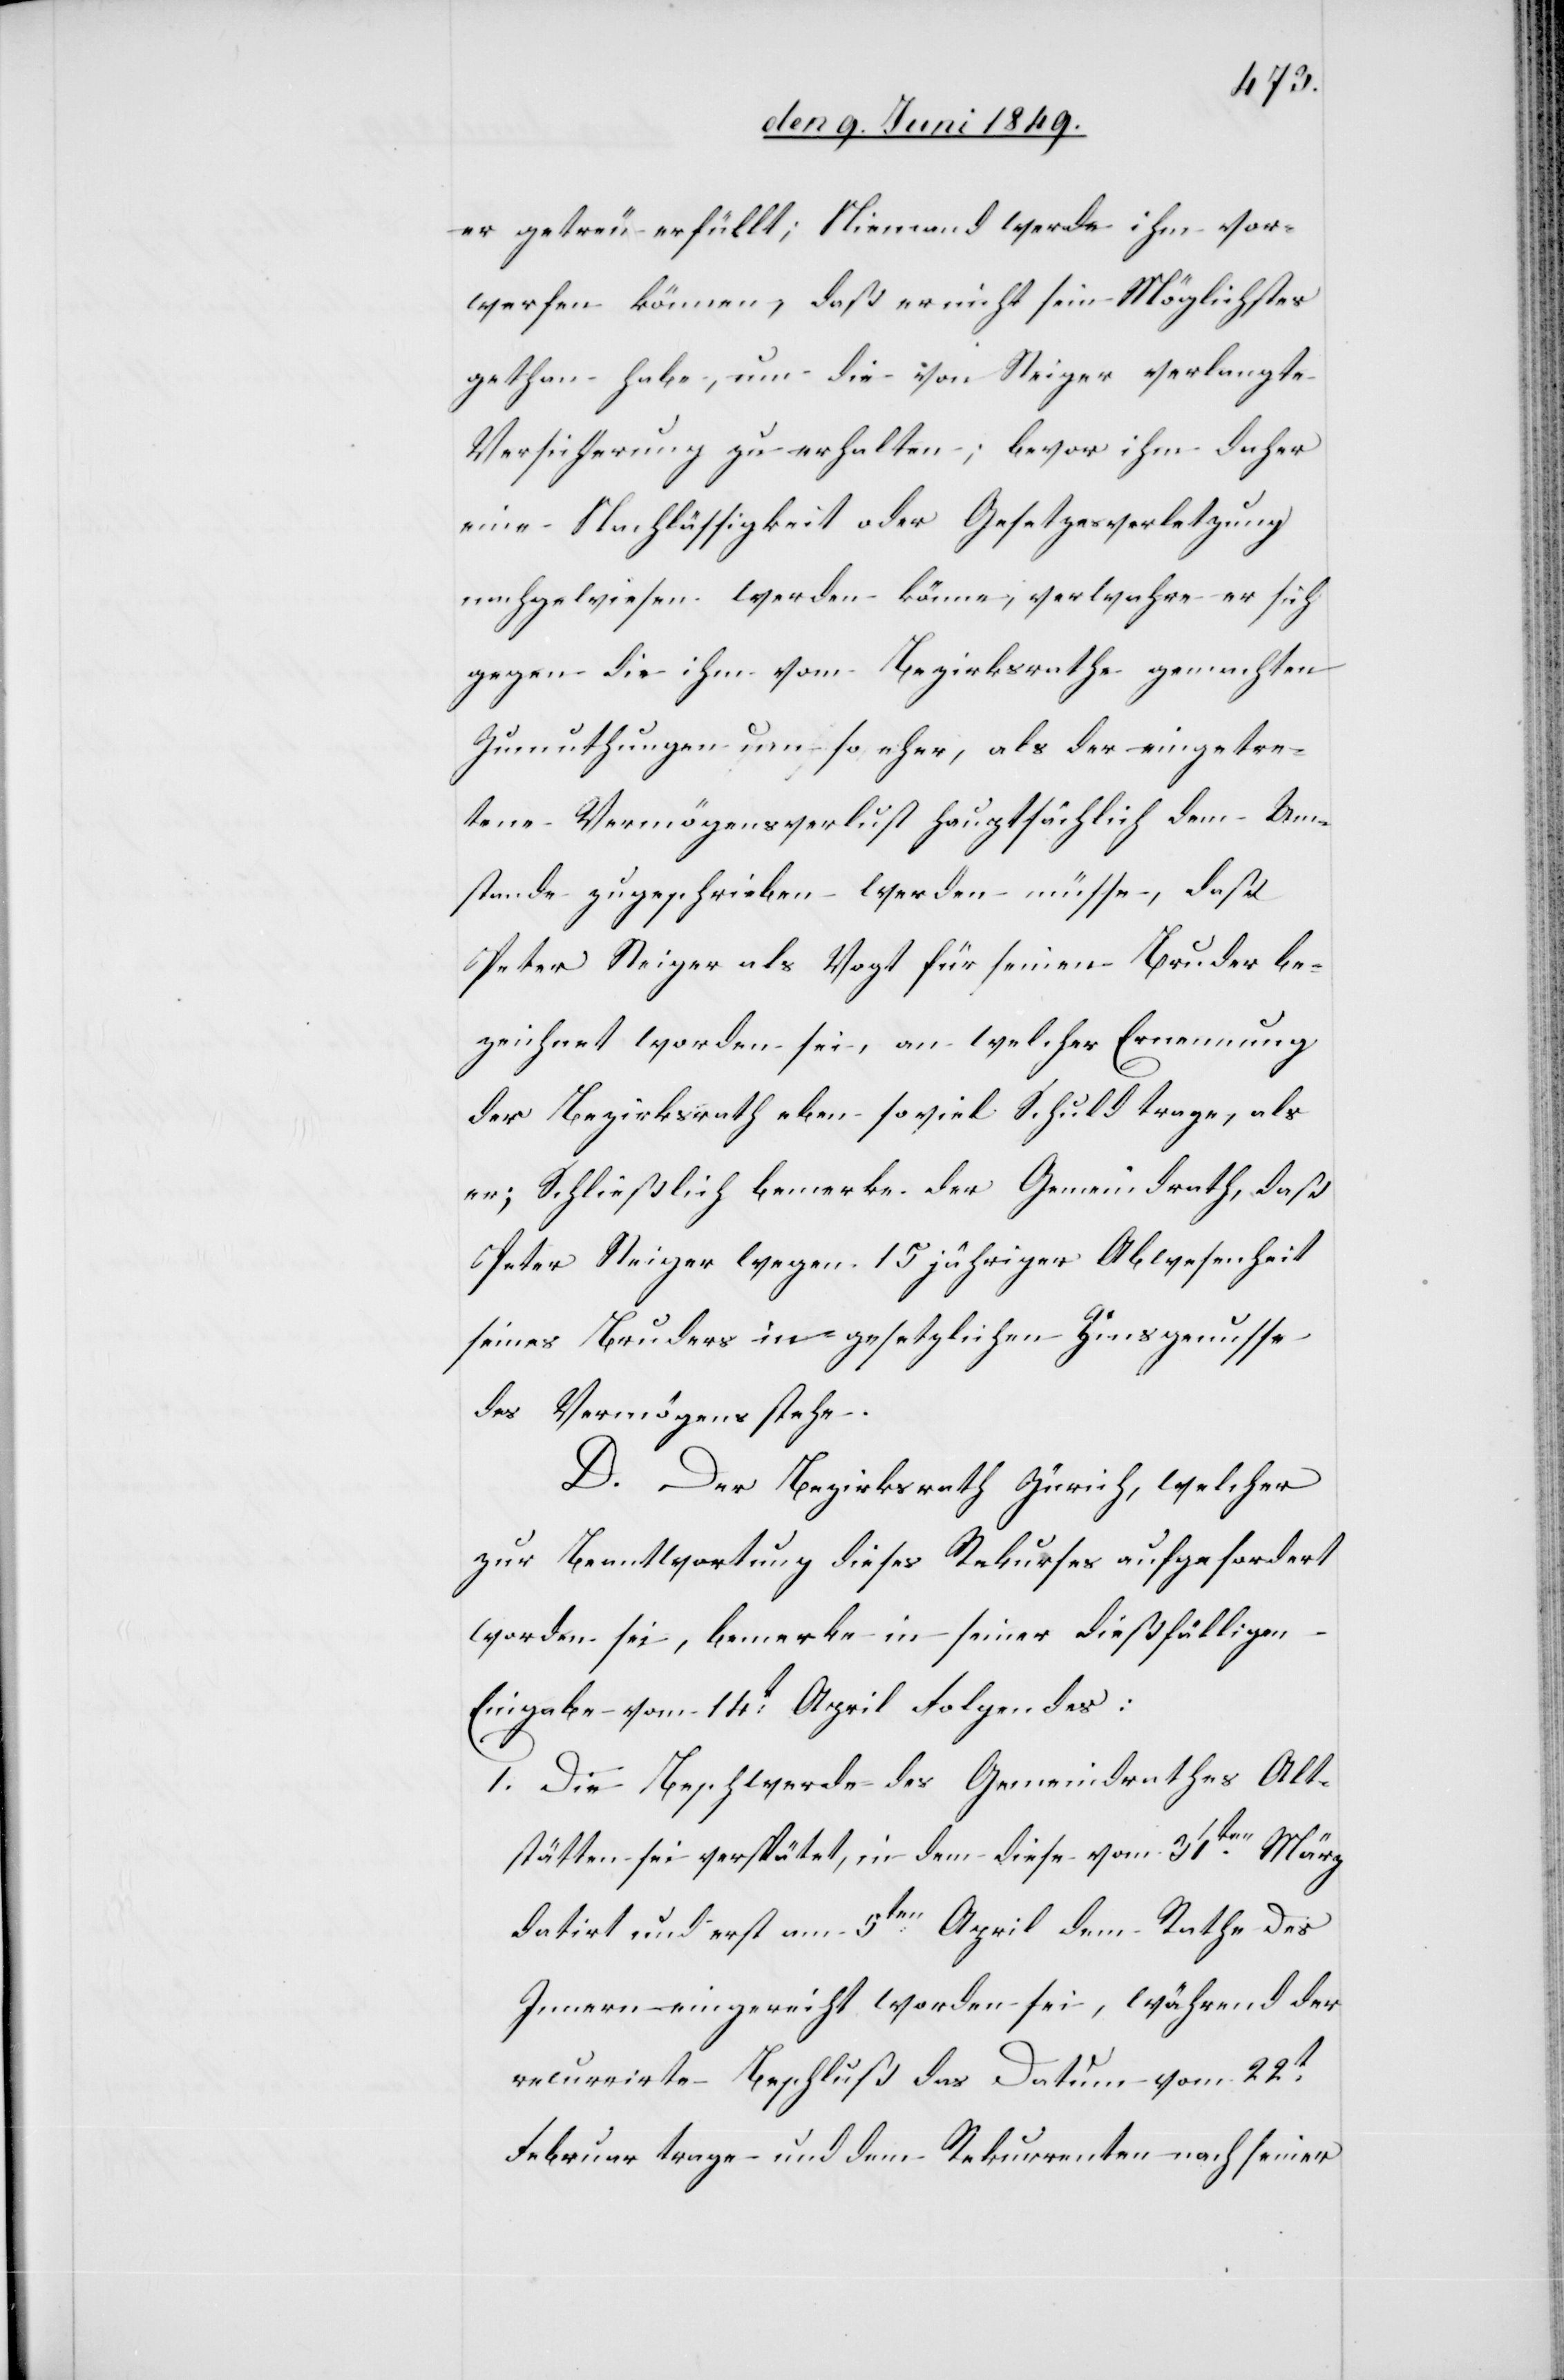
er getreu erfüllt; Niemand werde ihm vor¬
werfen können, daß er nicht sein Möglichstes
gethan habe, um die von Steiger verlangte
Versicherung zu erhalten, bevor ihm daher
eine Nachlässigkeit oder Gesetzesverletzung
nachgewiesen werden könne, verwahre er sich
gegen die ihm vom Bezirksrathe gemachten
Zumuthungen um so eher, als der eingetre¬
tene Vermögensverlust hauptsächlich dem Um¬
stande zugeschrieben werden müsse, daß
Peter Steiger als Vogt für seinen Bruder be¬
zeichnet worden sei, an welcher Ernennung
der Bezirksrath eben so viel Schuld trage, als
er; Schließlich bemerke der Gemeindrath, daß
Peter Steiger wegen 15jähriger Abwesenheit
seines Bruders in gesetzlichen Zinsgenusse
des Vermögens stehe.
D. Der Bezirksrath Zürich, welcher
zur Beantwortung dieses Rekurses aufgefordert
worden sei, bemerke in seiner dießfälligen
Eingabe vom 14t April Folgendes:
1. Die Beschwerde des Gemeindrathes Alt¬
stätten sei verspätet, in dem diese vom 31ten März
datirt und erst am 5ten April dem Rathe des
Innern eingereicht worden sei, während der
recurrirte Beschluß das Datum vom 22t
Februar trage und dem Rekurrenten nach seiner